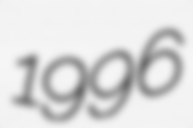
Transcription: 1996